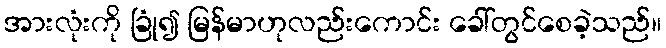
အားလုံးကို ခြုံ၍ မြန်မာဟုလည်းကောင်း ခေါ်တွင်စေခဲ့သည်။